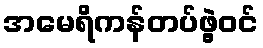
အမေရိကန်တပ်ဖွဲ့ဝင်